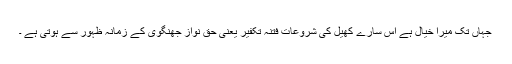
جہاں تک میرا خیال ہے اس سارے کھیل کی شروعات فتنہ تکفیر یعنی حق نواز جھنگوی کے زمانہ ظہور سے ہوتی ہے ۔